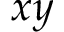
x y